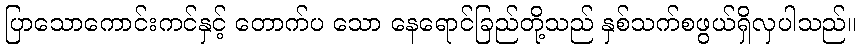
ပြာသောကောင်းကင်နှင့် တောက်ပ သော နေရောင်ခြည်တို့သည် နှစ်သက်စဖွယ်ရှိလှပါသည်။